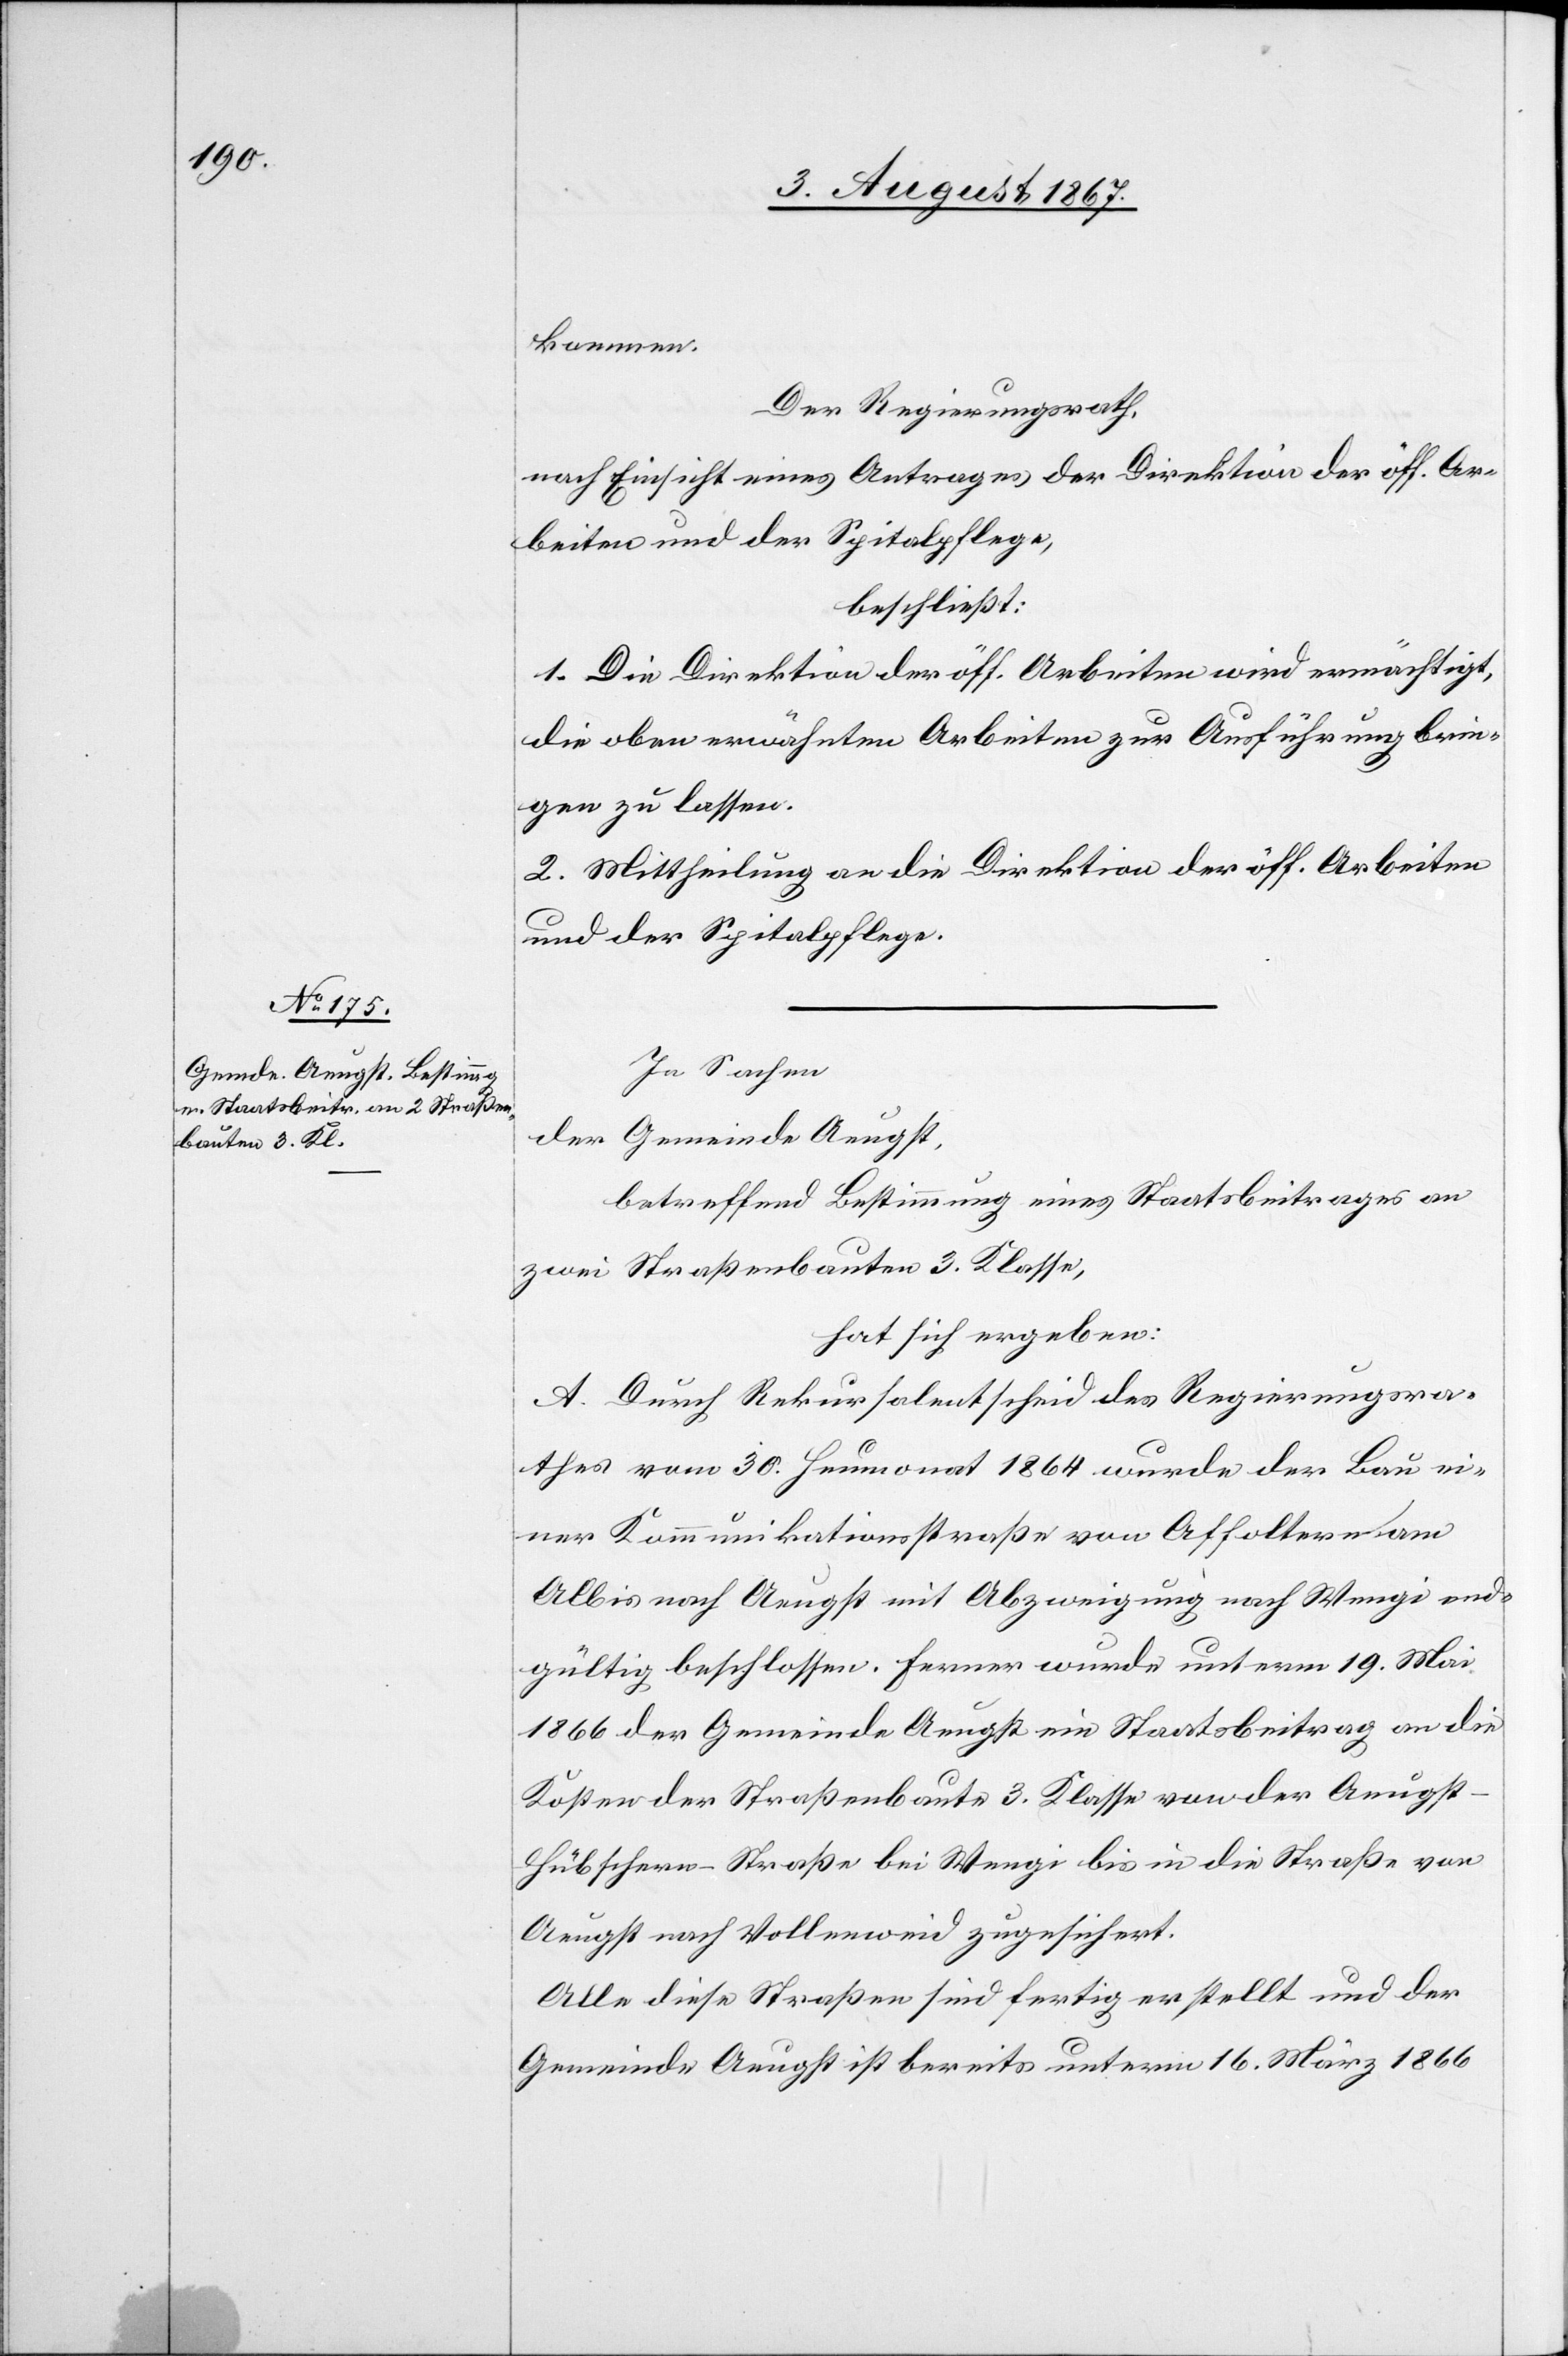
kommen.
Der Regierungsrath,
nach Einsicht eines Antrages der Direktion der öff. Ar¬
beiten und der Spitalpflege,
beschließt:
1. Die Direktion der öff. Arbeiten wird ermächtigt
die oben erwähnten Arbeiten zur Ausführung brin¬
gen zu lassen.
2. Mittheilung an die Direktion der öff. Arbeiten
und der Spitalpflege.
In Sachen
der Gemeinde Aeugst,
betreffend Bestimmung eines Staatsbeitrages an
zwei Straßenbauten 3. Klasse,
hat sich ergeben:
A. Durch Rekursalentscheid des Regierungsra¬
thes vom 30. Heumonat 1864 wurde der Bau ei¬
ner Kommunikationsstraße von Affoltern am
Albis nach Aeugst mit Abzweigung nach Wengi end¬
gültig beschlossen. Ferner wurde unterm 19. Mai
1866 der Gemeinde Aeugst ein Staatsbeitrag an die
Kosten der Straßenbaute 3. Klasse von der Aeugs¬
t–Hübschern-Straße bei Wengi bis in die Straße von
Aeugst nach Vollenweid zugesichert.
Alle diese Straßen sind fertig erstellt und der
Gemeinde Aeugst ist bereits unterm 16. März 1866